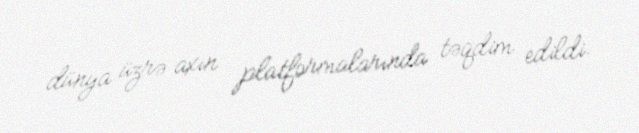
dünya üzrə axın platformalarında təqdim edildi.